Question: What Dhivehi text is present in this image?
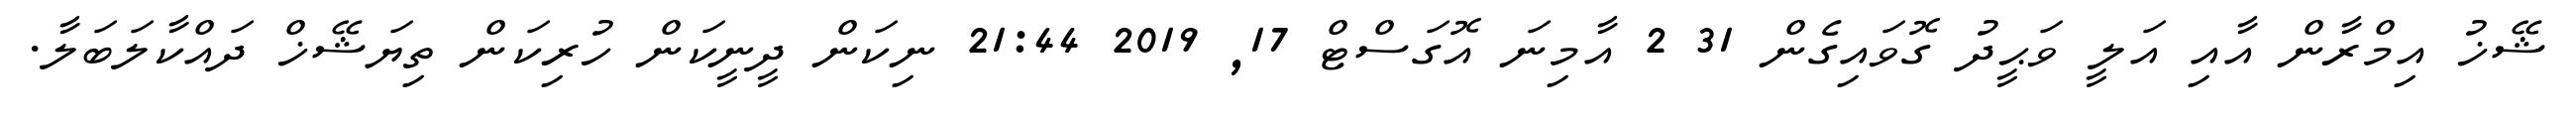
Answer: ޝޭޚު އިމްރާން އާއި އަލީ ވަޙީދު ގޮވައިގެން 31 2 އާމިނަ އޮގަސްޓް 17, 2019 21:44 ނިކަން ދީނީކަން ހުރިކަން ތިޔަޝޭޚް ދައްކާލަބަލާ.